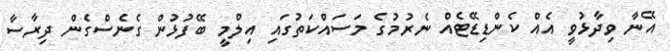
އޭނާ ވިދާޅުވީ އެއް ކެންޑިޑޭޓެއް ނެރުމުގެ މަސައްކަތުގައި އިލްމީ ބޭފުޅުން ގެނެސްގެން ދިރާސާ